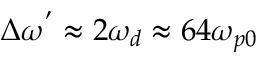
\Delta \omega ^ { ' } \approx 2 \omega _ { d } \approx 6 4 \omega _ { p 0 }